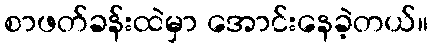
စာဖတ်ခန်းထဲမှာ အောင်းနေခဲ့တယ်။